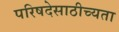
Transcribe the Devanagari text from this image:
परिषदेसाठीच्यता